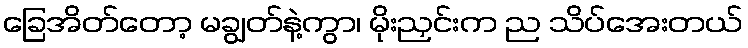
ခြေအိတ်တော့ မချွတ်နဲ့ကွာ၊ မိုးညှင်းက ည သိပ်အေးတယ်